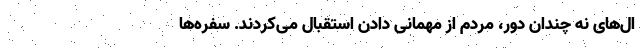
ال‌های نه چندان دور، مردم از مهمانی دادن استقبال می‌کردند. سفره‌ها